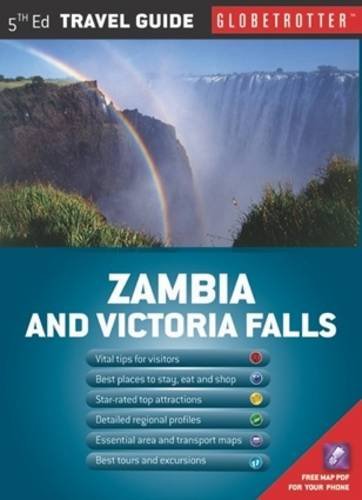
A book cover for Zambia & Victoria Falls Travel Map (Globetrotter Travel Map); Globetrotter; Travel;